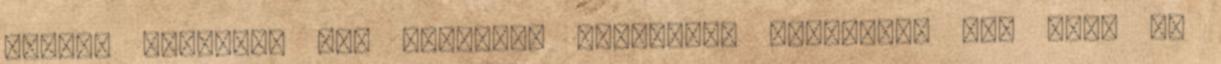
britek számára, ami jelentős tűzerőtől fosztotta meg őket az